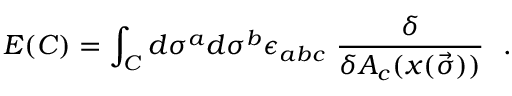
E ( C ) = \int _ { C } d \sigma ^ { a } d \sigma ^ { b } \epsilon _ { a b c } \ \frac { \delta } { \delta A _ { c } ( x ( \vec { \sigma } ) ) } \ \ .